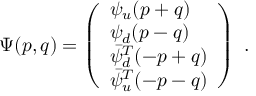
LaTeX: \Psi ( p , q ) = \left( \begin{array} { l } { { \psi _ { u } ( p + q ) } } \\ { { \psi _ { d } ( p - q ) } } \\ { { \bar { \psi } _ { d } ^ { T } ( - p + q ) } } \\ { { \bar { \psi } _ { u } ^ { T } ( - p - q ) } } \end{array} \right) \ .